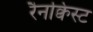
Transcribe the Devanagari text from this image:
रैनक्विस्ट